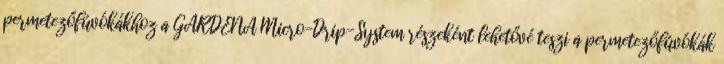
permetezőfúvókákhoz a GARDENA Micro-Drip-System részeként lehetővé teszi a permetezőfúvókák